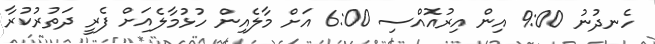
ހެނދުނު 9:00 އިން އިރުއޮއްސި 6:00 އަށް މާލެއިން ހުޅުމާލެއަށް ފެރީ ދަތުރުކުރާ